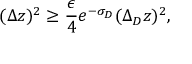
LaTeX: ( \Delta z ) ^ { 2 } \ge { \frac { \epsilon } { 4 } } e ^ { - \sigma _ { D } } ( \Delta _ { D } z ) ^ { 2 } ,